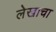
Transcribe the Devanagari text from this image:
लेेखाचा